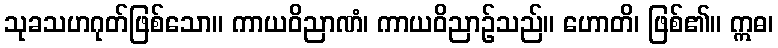
သုခသဟဂုတ်ဖြစ်သော။ ကာယဝိညာဏံ၊ ကာယဝိညာဉ်သည်။ ဟောတိ၊ ဖြစ်၏။ ဣဓ၊